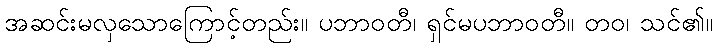
အဆင်းမလှသောကြောင့်တည်း။ ပဘာဝတီ၊ ရှင်မပဘာဝတီ။ တဝ၊ သင်၏။